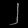
Digit: ၂